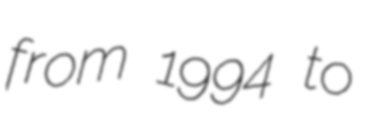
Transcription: from 1994 to